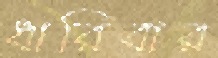
ধারিবার